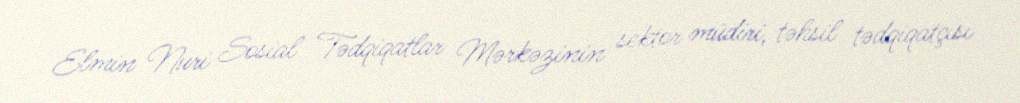
Elmin Nuri Sosial Tədqiqatlar Mərkəzinin sektor müdiri, təhsil tədqiqatçısı